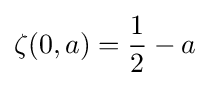
\zeta (0,a)={\frac {1}{2}}-a